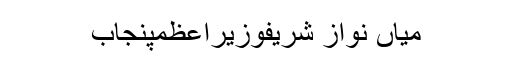
میاں نواز شریفوزیراعظمپنجاب